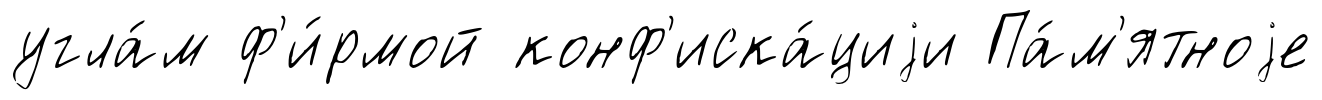
угла́м ф'и́рмой конф'иска́циjи Па́м'ятноjе